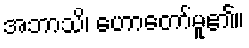
အဘာသိ၊ ဟောတော်မူ၏။